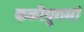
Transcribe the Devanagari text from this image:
कळीयुगमां